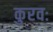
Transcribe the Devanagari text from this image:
कुरवः